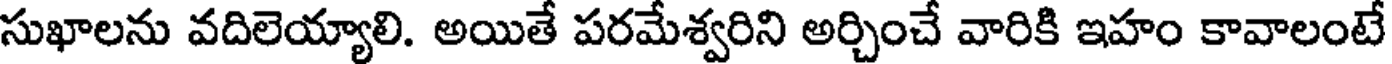
సుఖాలను వదిలెయ్యాలి. అయితే పరమేశ్వరిని అర్చించే వారికి ఇహం కావాలంటే